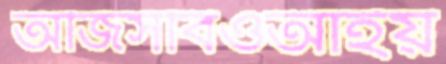
অজিসবিওআইয়